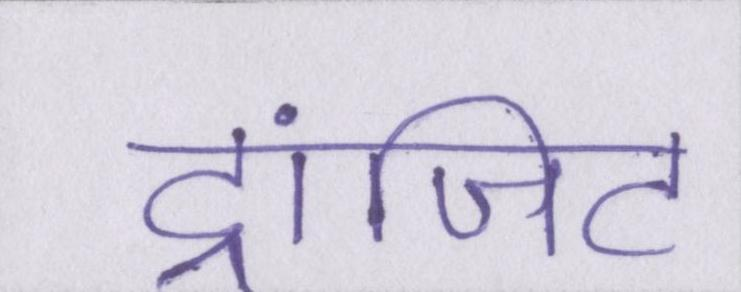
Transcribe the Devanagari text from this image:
ट्रांजिट